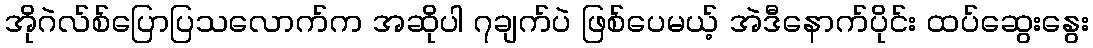
အိုဂဲလ်စ်ပြောပြသလောက်က အဆိုပါ ၇ချက်ပဲ ဖြစ်ပေမယ့် အဲဒီနောက်ပိုင်း ထပ်ဆွေးနွေး